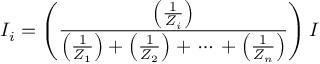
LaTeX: I _ { i } = \left( { \frac { \left( { \frac { 1 } { Z _ { i } } } \right) } { \left( { \frac { 1 } { Z _ { 1 } } } \right) + \left( { \frac { 1 } { Z _ { 2 } } } \right) + \, \cdots \, + \left( { \frac { 1 } { Z _ { n } } } \right) } } \right) I